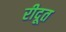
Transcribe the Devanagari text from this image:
रीदूत